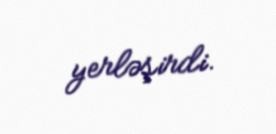
yerləşirdi.